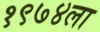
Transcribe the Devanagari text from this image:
१९७४ला